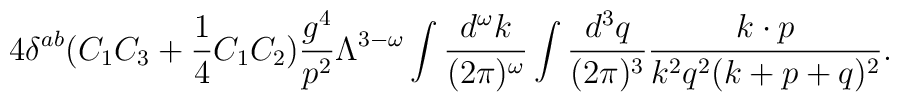
4\delta^{ab} (C_1C_3+{1\over 4}C_1C_2) {g^4 \over p^2} \Lambda^{3-\omega}\int {d^\omega k \over (2\pi)^\omega} \int {d^3 q\over (2\pi)^3}{k\cdot p \over k^2 q^2 (k+p+q)^2} .